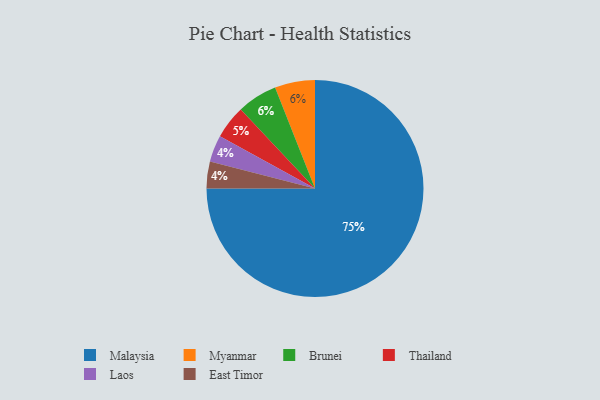
{"axis": {"x": "Category", "y": "Percentage"}, "legend": ["Brunei", "East Timor", "Laos", "Malaysia", "Myanmar", "Thailand"], "data": [{"x": "Myanmar", "y": 6, "type": "Myanmar"}, {"x": "Thailand", "y": 5, "type": "Thailand"}, {"x": "Brunei", "y": 6, "type": "Brunei"}, {"x": "Malaysia", "y": 75, "type": "Malaysia"}, {"x": "Laos", "y": 4, "type": "Laos"}, {"x": "East Timor", "y": 4, "type": "East Timor"}]}